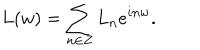
LaTeX: L ( w ) = \sum _ { n \in Z } L _ { n } e ^ { i n w } .